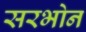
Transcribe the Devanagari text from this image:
सरभोन